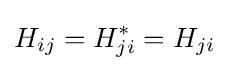
H_{ij}=H_{ji}^{*}=H_{ji}